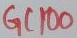
Text: GC100